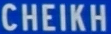
CHEIKH